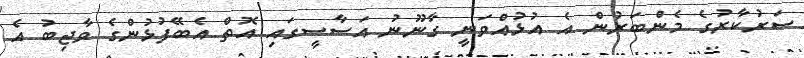
ސަރުކާރުގެ މެންބަރުން އެ އުޅުއްވަނީ ގާނޫނު އަސާސީގައި އޮތް އެބޭފުޅުންގެ ވާޖިބު އެ